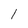
Character: l